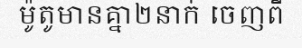
ម៉ូតូមានគ្នា២នាក់ ចេញពី